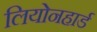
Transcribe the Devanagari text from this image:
लियोनहार्ड